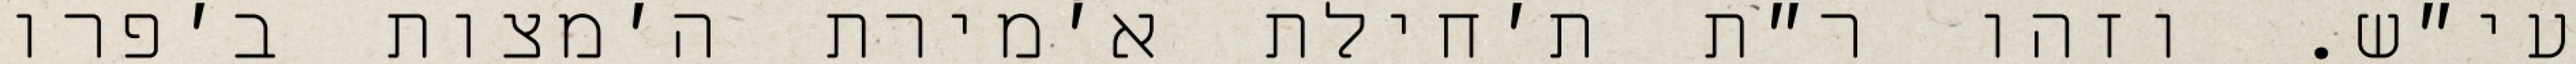
עי״ש. וזהו ר״ת ת׳חילת א׳מירת ה׳מצות ב׳פרו